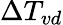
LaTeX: \Delta T_{vd}